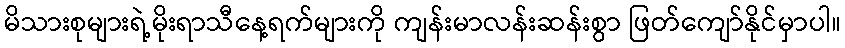
မိသားစုများရဲ့မိုးရာသီနေ့ရက်များကို ကျန်းမာလန်းဆန်းစွာ ဖြတ်ကျော်နိုင်မှာပါ။